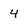
Character: 4